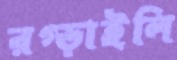
রগ্‌ড়াইলি